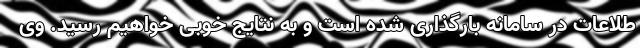
طلاعات در سامانه بارگذاری شده است و به نتایج خوبی خواهیم رسید. وی